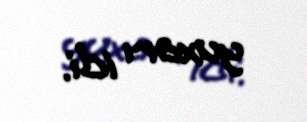
yuxarı idi.